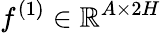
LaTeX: f^{(1)}\in\mathbb{R}^{A\times 2H}